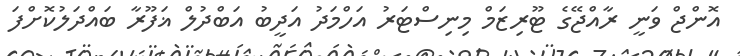
އޮންޖް ވަނީ ރާއްޖޭގެ ޓޫރިޒަމް މިނިސްޓަރު އަހްމަދު އަދީބު އަބްދުލް ޣަފޫރާ ބައްދަލުކޮށްފަ